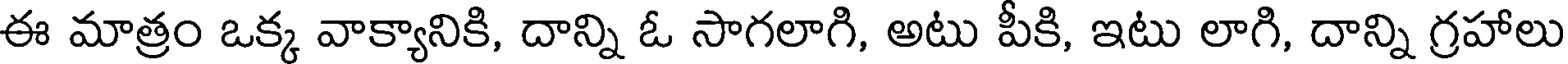
ఈ మాత్రం ఒక్క వాక్యానికి, దాన్ని ఓ సాగలాగి, అటు పీకి, ఇటు లాగి, దాన్ని గ్రహాలు